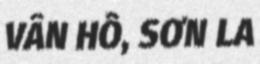
VÂN HỒ, SƠN LA